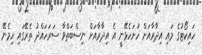
ހައިކޯޓުގެ މައި އިދާރާއަށް ހުށަހެޅޭނީ އެ އިދާރާއަށް ނިސްބަތްވާ ސަރަހައްދު ތެރޭގައި ހިމެނޭ